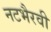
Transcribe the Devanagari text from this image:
नटभैरवी